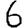
Digit: 6